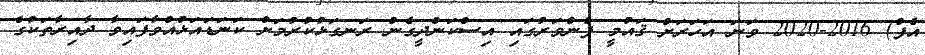
އެފް) 2016-2020 ވަނަ އަހަރަށް ޤައުމީ ފެންވަރުގައި އިސްކަންދީގެން ރަނގަޅުކުރުމަށް ކަނަޑައަޅުއްވާފައިވާ ދާއިރާތަކުގެ